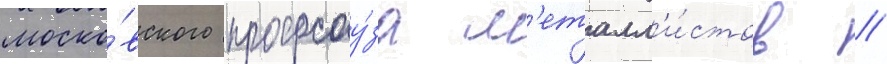
моско́вского профсоу́за м'еталл'и́стов //